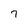
Character: 7